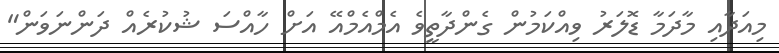
މިއަދާއި މާދަމާ ޑޮލަރު ވިއްކަމުން ގެންދާތީވެ އެމްއެމްއޭ އަށް ހާއްސަ ޝުކުރެއް ދަންނަވަން"